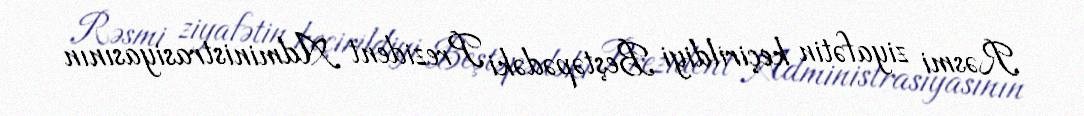
Rəsmi ziyafətin keçirildiyi Beştəpədəki Prezident Administrasiyasının